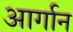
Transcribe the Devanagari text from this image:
आर्गान